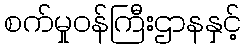
စက်မှုဝန်ကြီးဌာနနှင့်